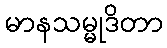
မာနသမ္မုဒိတာ